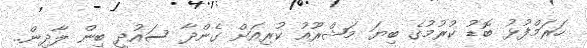
ހަރަމްފުޅު ބޮޑު ކުރުމުގެ ބިޔަ މަޝްރޫއު ކުރިއަށް ގެންދާ ސައުދީ ބިން ލާދިން..